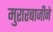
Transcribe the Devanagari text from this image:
मुरारबाजीने